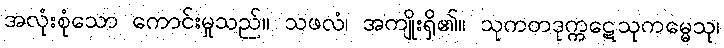
အလုံးစုံသော ကောင်းမှုသည်။ သဖလံ၊ အကျိုးရှိ၏။ သုကတဒုက္ကဋေသုကမ္မေသု၊